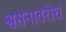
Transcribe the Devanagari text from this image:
श्वसनावरोध